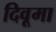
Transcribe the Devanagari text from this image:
दिवूमा